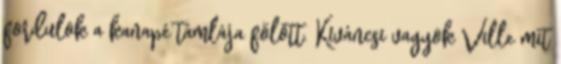
fordulok a kanapé támlája fölött. Kíváncsi vagyok Ville mit